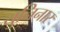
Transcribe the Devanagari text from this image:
युनिनार